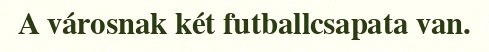
A városnak két futballcsapata van.